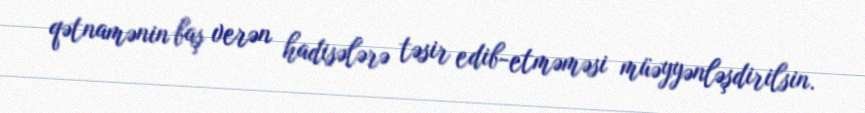
qətnamənin baş verən hadisələrə təsir edib-etməməsi müəyyənləşdirilsin.